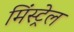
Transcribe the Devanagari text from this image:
मिंस्ट्रेल